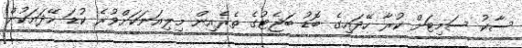
ސާކު ސަމިޓަށް ކުރާ ހޭދައިގެ ބޮޑު ބަޖެޓުގެ ތެރެއިން މިލިއަނަކަށްވުރެ ކުޑަ ހޭދައަކުން